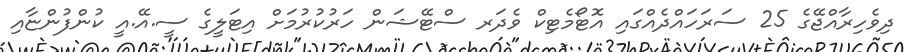
ދިވެހިރާއްޖޭގެ 25 ސަރަހައްދެއްގައި އޮޓޯމެޓިކް ވެދަރ ސްޓޭޝަން ހަރުކުރުމަށް އިޓަލީގެ ސީ.އޭ.އީ ކުންފުންޏާއި